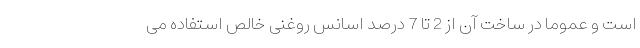
است و عموما در ساخت آن از 2 تا 7 درصد اسانس روغنی خالص استفاده می